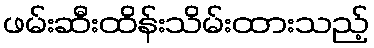
ဖမ်းဆီးထိန်းသိမ်းထားသည့်